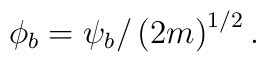
\phi _{b}=\psi _{b}/\left( 2m\right) ^{1/2}.